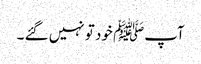
آپﷺ خود تو نہیں گئے ۔